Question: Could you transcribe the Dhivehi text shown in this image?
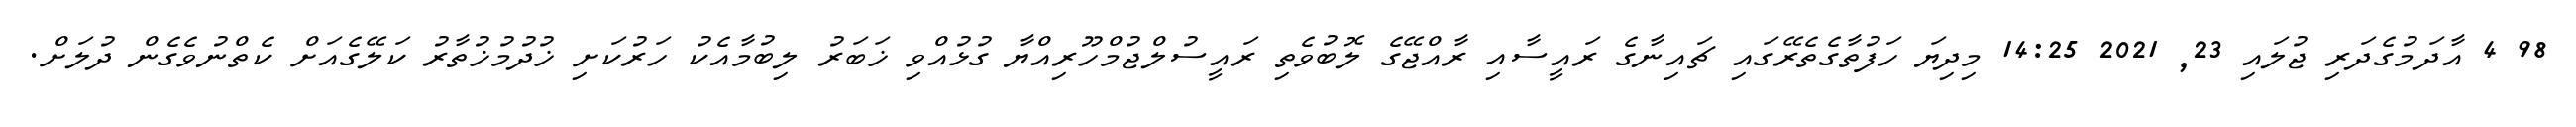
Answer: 98 4 އާދަމުގެދަރި ޖުލައި 23, 2021 14:25 މިދިޔަ ހަފުތާގެތެރޭގައި ޗައިނާގެ ރައީސާއި ރާއްޖޭގެ ލޮބުވެތި ރައީސުލްޖުމްހޫރިއްޔާ ގުޅުއްވި ޚަބަރު ލިބުމާއެކު ހަރުކަށި ޚުދުމުޚުތާރު ކަލޭގެއަށް ކެތްނުވެގެން ދުލަށް.